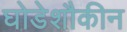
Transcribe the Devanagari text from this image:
घोडेशौकीन